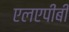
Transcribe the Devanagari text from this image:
एलएपीबी